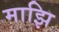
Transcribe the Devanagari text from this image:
माझि